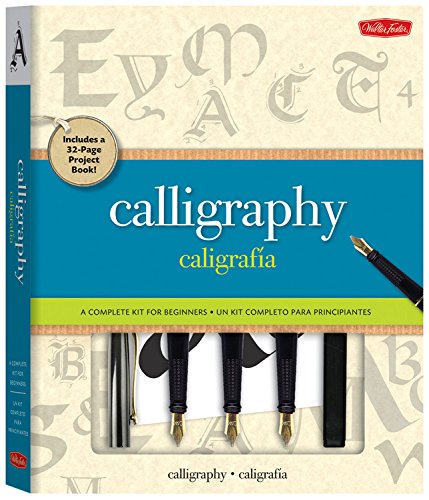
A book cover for Calligraphy Kit: A complete kit for beginners; Arthur Newhall; Arts & Photography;